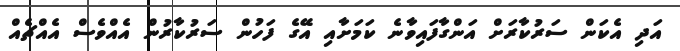
އަދި އެކަން ސަރުކާރަށް އަންގާފައިވާނެ ކަމަށާއި އޭގެ ފަހުން ސަރުކާރުން އެއްވެސް އެއްޗެއް